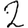
Digit: 2